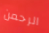
الرحمن